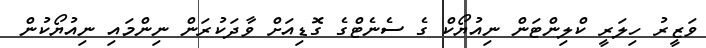
ވަޒީރު ހިލަރީ ކްލިންޓަން ނިއުޔޯކް ގެ ސެނެޓްގެ ގޮޑިއަށް ވާދަކުރަން ނިންމައި ނިއުޔޯކުން